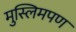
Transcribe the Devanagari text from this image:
मुस्लिमपण